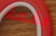
بقعة